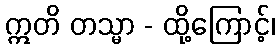
ဣတိ တသ္မာ - ထို့ကြောင့်၊